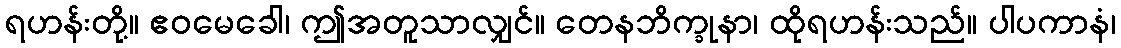
ရဟန်းတို့။ ဧဝမေခေါ၊ ဤအတူသာလျှင်။ တေနဘိက္ခုနာ၊ ထိုရဟန်းသည်။ ပါပကာနံ၊